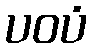
ပဝပံ